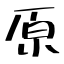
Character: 原